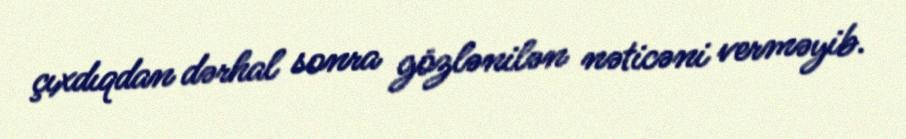
çıxdıqdan dərhal sonra gözlənilən nəticəni verməyib.